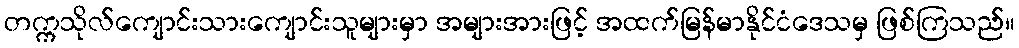
တက္ကသိုလ်ကျောင်းသားကျောင်းသူများမှာ အများအားဖြင့် အထက်မြန်မာနိုင်ငံဒေသမှ ဖြစ်ကြသည်။